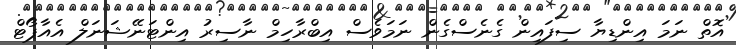
އޮތް ނަމަ އިންޑިޔާ ސިފައިން ގެނެސްގެން ނަމަވެސް އިބްރާހިމް ނާސިރު އިންޓަނޭޝަނަލް އެއާޕޯޓް